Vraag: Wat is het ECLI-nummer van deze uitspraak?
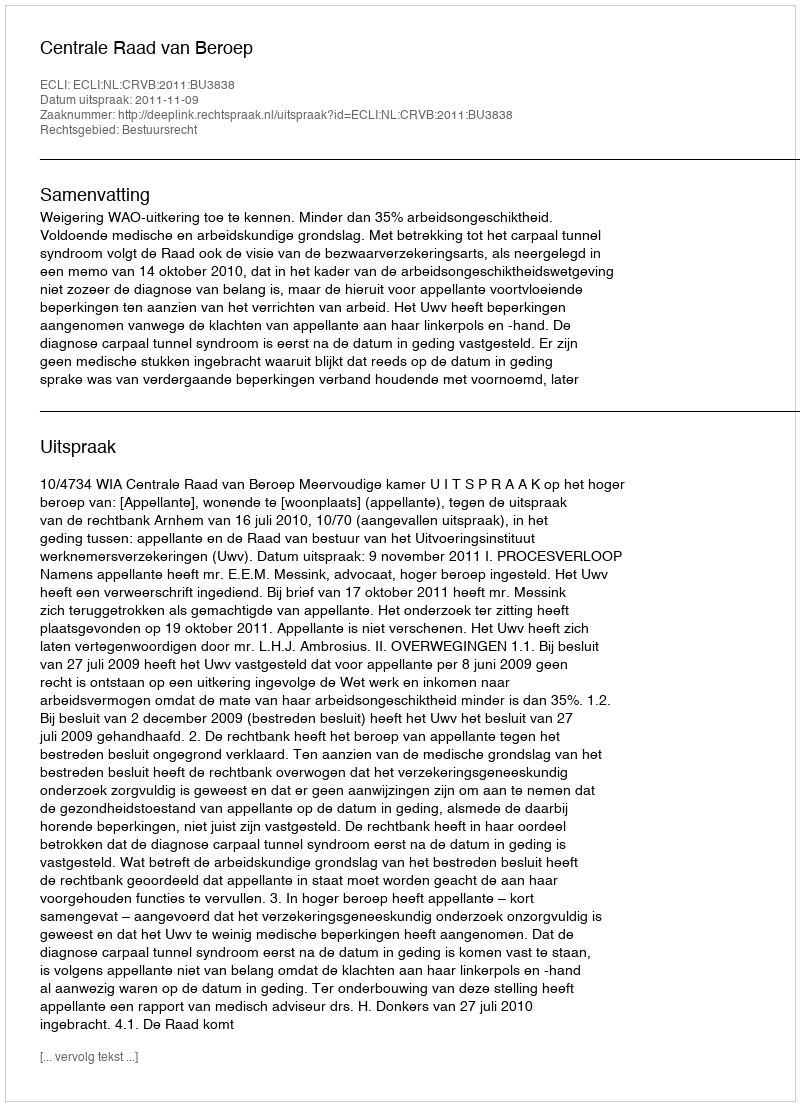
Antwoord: ECLI:NL:CRVB:2011:BU3838